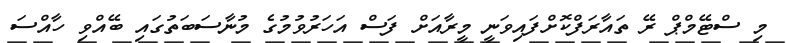
މި ސްޓޭމްޕް ރޭ ތައާރަފްކޮށްފައިވަނީ މީރާއަށް ފަސް އަހަރުވުމުގެ މުނާސަބަތުގައި ބޭއްވި ހާއްސަ